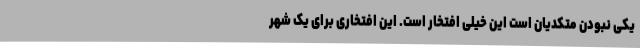
یکی نبودن متکدیان است این خیلی افتخار است. این افتخاری برای یک شهر